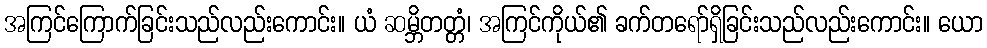
အကြင်ကြောက်ခြင်းသည်လည်းကောင်း။ ယံ ဆမ္ဘိတတ္တံ၊ အကြင်ကိုယ်၏ ခက်တရော်ရှိခြင်းသည်လည်းကောင်း။ ယော